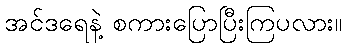
အင်ဒရေနဲ့ စကားပြောပြီးကြပလား။